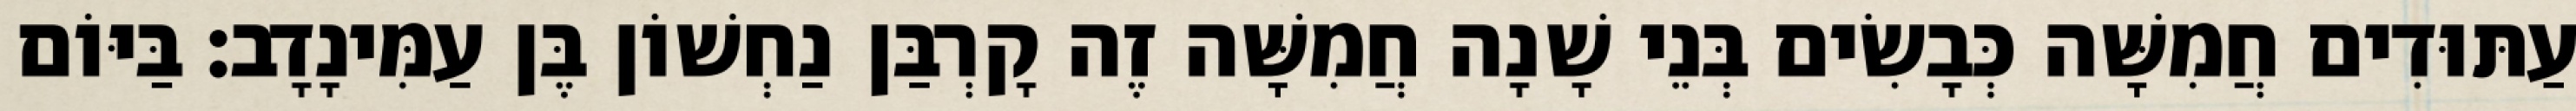
עַתּוּדִים חֲמִשָּׁה כְּבָשִׂים בְּנֵי שָׁנָה חֲמִשָּׁה זֶה קָרְבַּן נַחְשׁוֹן בֶּן עַמִּינָדָב׃ בַּיּוֹם